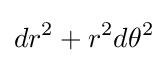
dr^{2}+r^{2}d\theta ^{2}